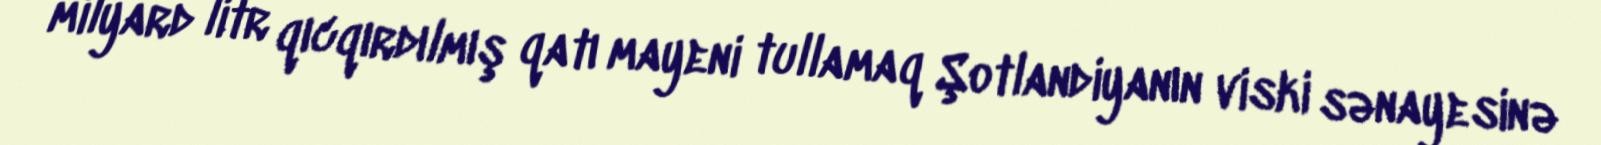
milyard litr qıcqırdılmış qatı mayeni tullamaq Şotlandiyanın viski sənayesinə